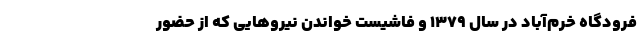
فرودگاه خرم‌آباد در سال ۱۳۷۹ و فاشیست خواندن نیروهایی که از حضور